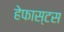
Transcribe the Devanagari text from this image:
हेफास्टस